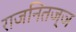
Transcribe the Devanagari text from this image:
राजनितज्ञ